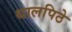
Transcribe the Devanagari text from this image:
थालपिठे